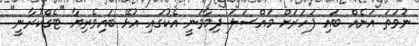
ނުވަތަ އަނެއް ބައި ފަހަރަށް މައްސަލަ ދިމާވަނީ އެކުގައި އުޅޭ ބައިވެރިޔާ "ޓެގްކުރާނީ"